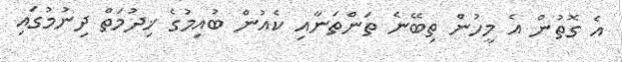
އެ ގޮތުން އެ މީހުން ތިބޭނެ ތަންތަނާއި ކެއުން ބުއިމުގެ ޚިދުމަތް ދިނުމުގައި